Virumaa_algkoolid, lk 66
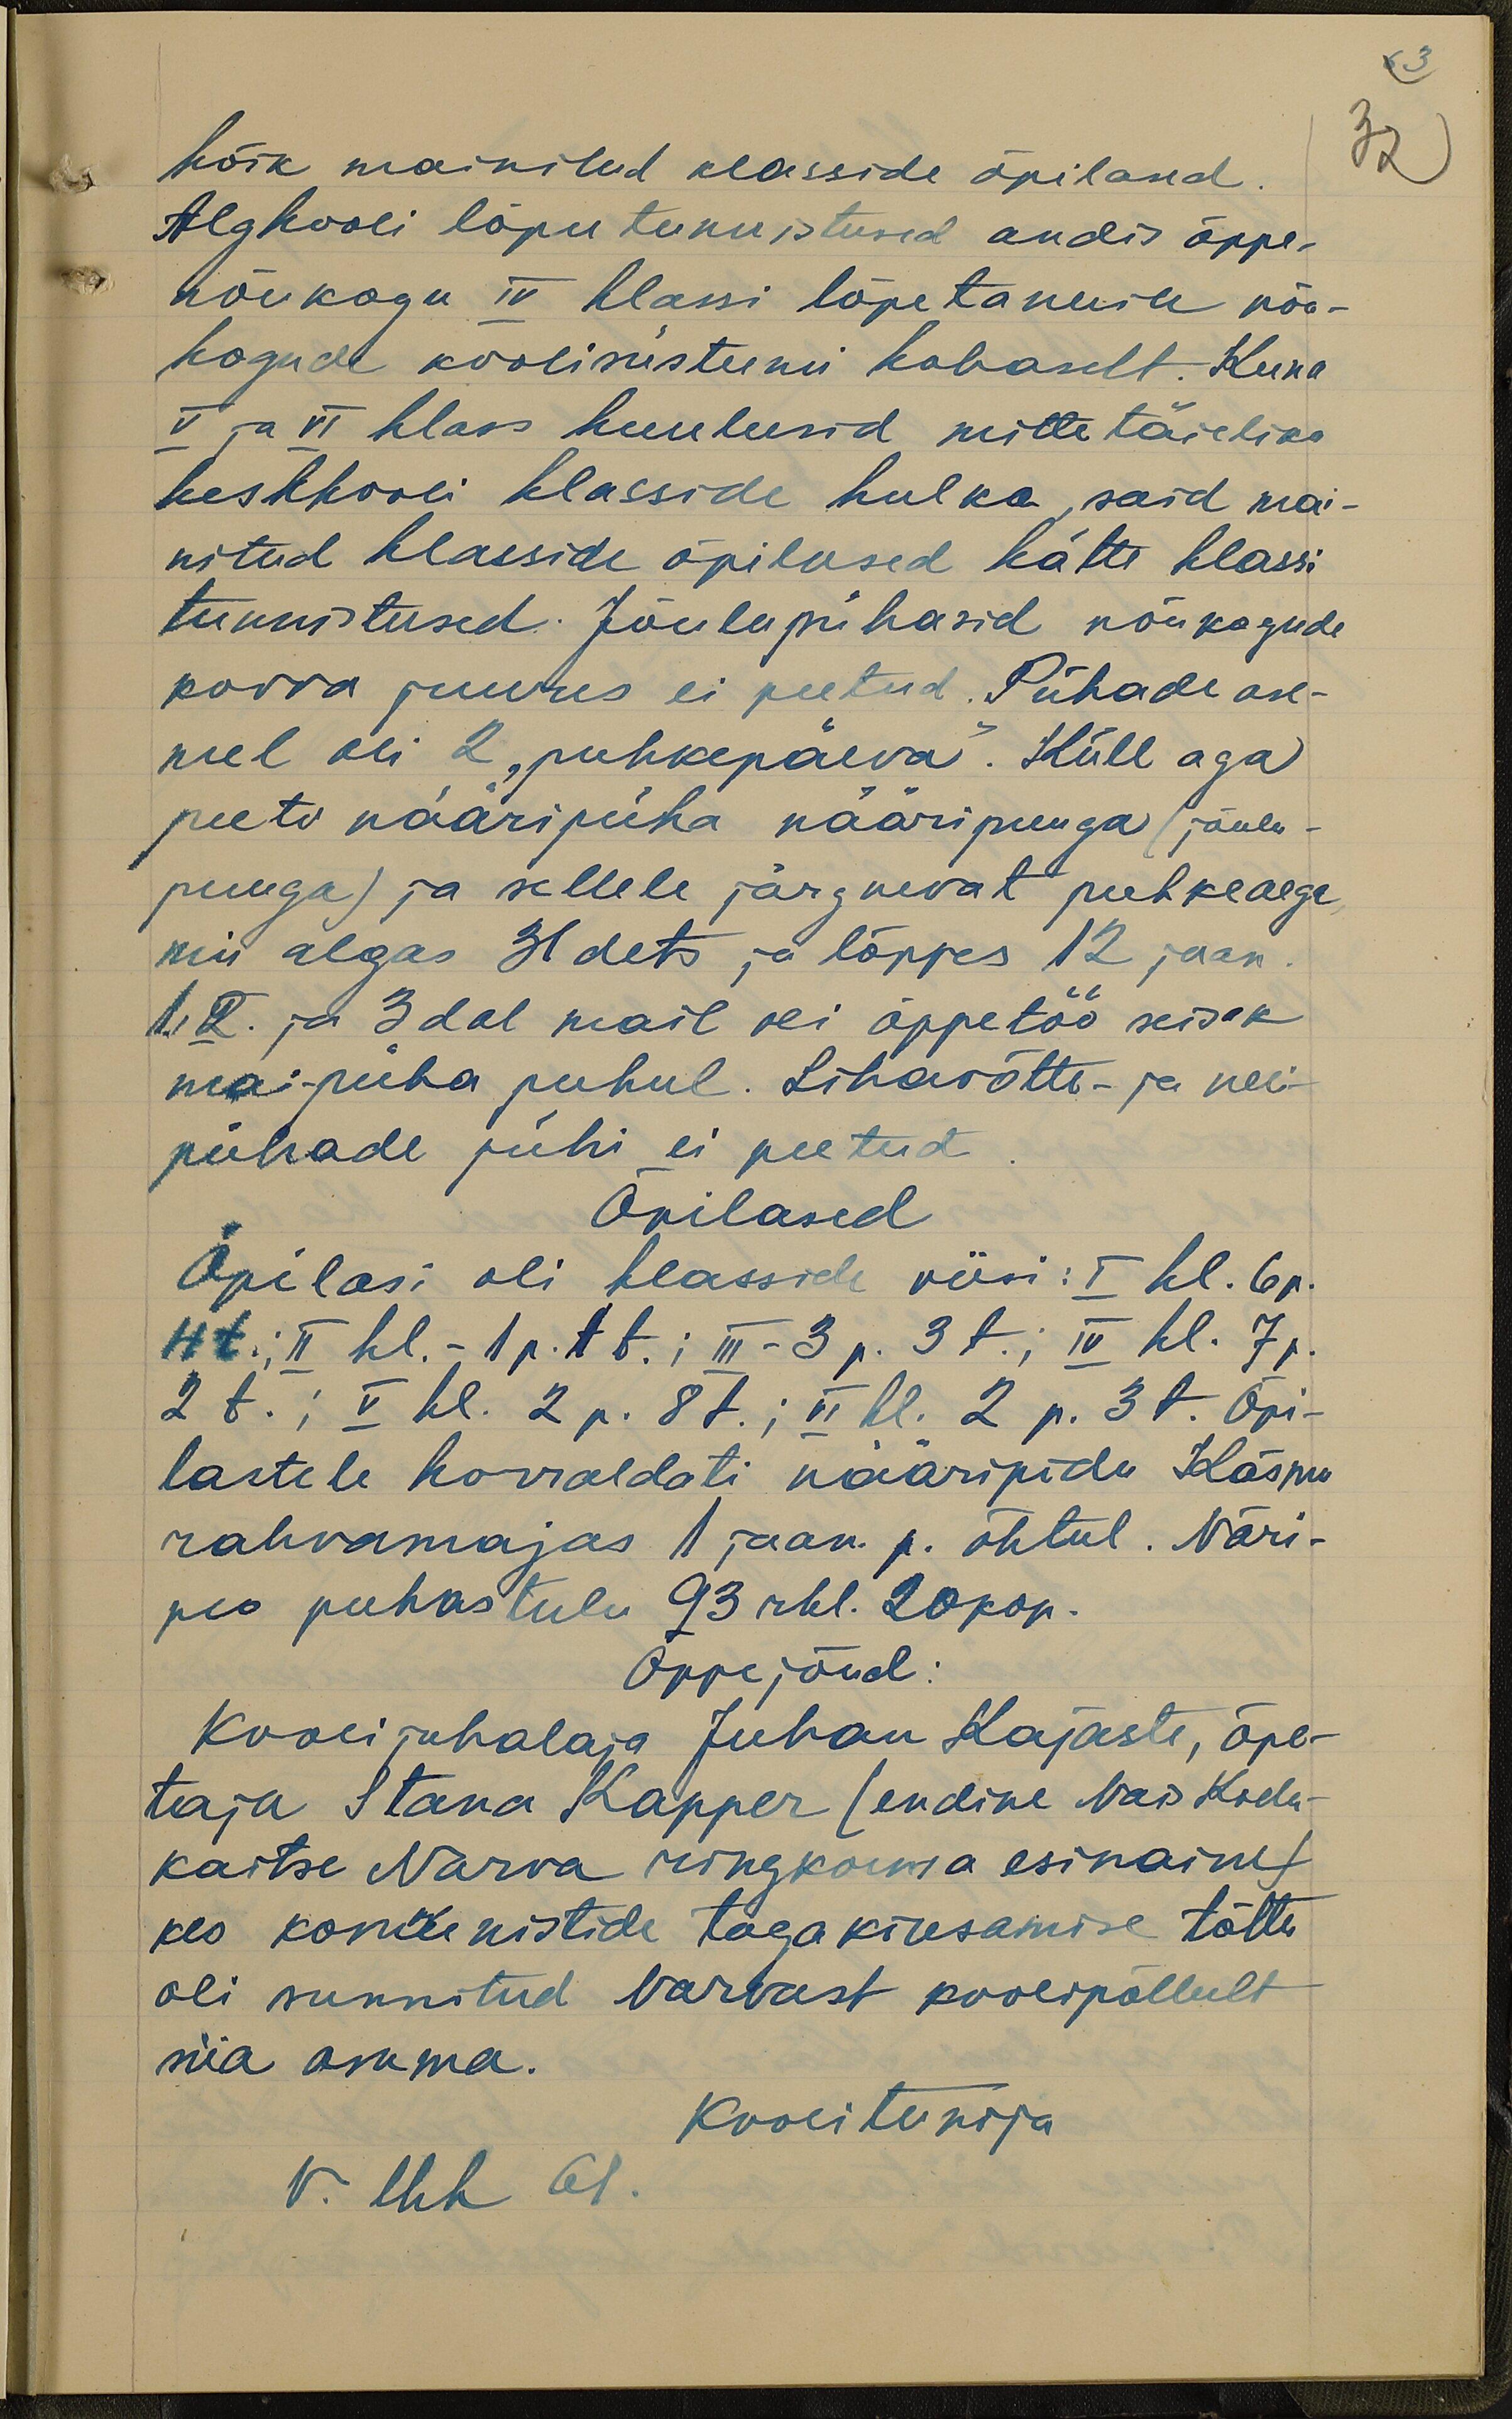
63
32

kõik mainitud klasside õpilased
Algkooli lõputunnistused andis õppe-
nõukogu IV klassi lõpetanuile nõu-
kogude koolisüsteemi kohaselt. Kuna
V ja VI klass kuulusid mittetäieliku
keskkooli klasside hulka, said mai-
nitud klasside õpilased kätte klassi
tunnistused. Jõulupühasid nõukogude
korra juures ei peetud. Pühade ase-
mel oli 2 "puhkepäeva". Küll aga
peeti nääripüha nääripuuga (jõulu-
puuga) ja sellele järgnevat puhkaega
mis algas 31 dets ja lõppes 12 jaan.
1., 2. ja 3dal mail oli õppetöö seisak
mai-püha puhul. Lihavõtte- ja neli-
pühade pühi ei peetud
Õpilased
Õpilasi oli klasside viisi: I kl. 6p.
4t.; II kl. - 1 p. 1 t. ; III - 3 p. 3 t.; IV kl. 7 p.
2 t., V kl. 2 p. 8 t.; VI kl. 2 p. 3 t. Õpi-
lastele korraldati nääripida Käsmu
rahvamajas 1 jaan. p. õhtul. Näri-
peo puhastulu 93 rbl. 20 kop.
Õppejõud:
Kooli juhataja Juhan Kajaste, õpe-
taja Stana Kapper (endine NaisKodu-
kaitse Narva ringkonna esinaine)
kes kommunistide tagakiusamise tõttu,
oli sunnitud Narvast koolipõllult
siia asuma.
Kooliteenija
V. lhk 61.